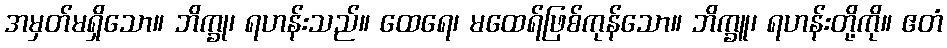
အမှတ်မရှိသော။ ဘိက္ခု၊ ရဟန်းသည်။ ထေရေ၊ မထေရ်ဖြစ်ကုန်သော။ ဘိက္ခူ၊ ရဟန်းတို့ကို။ ဧတံ